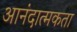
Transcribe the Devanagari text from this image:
आनंदात्मकता